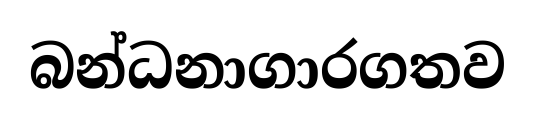
බන්ධනාගාරගතව